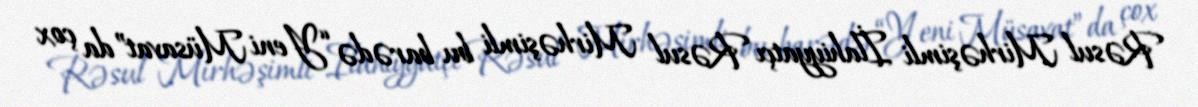
Rəsul Mirhəşimli İlahiyyatçı Rəsul Mirhəşimli bu barədə “Yeni Müsavat”da çox